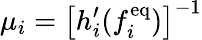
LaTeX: \mu_{i}=\left[{h_{i}^{\prime}(f_{i}^{\mathrm{eq}})}\right]^{-1}